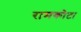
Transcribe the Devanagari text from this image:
रामकोटा